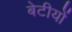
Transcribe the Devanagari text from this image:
बेटीयों